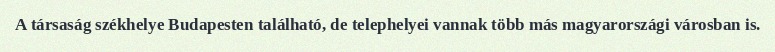
A társaság székhelye Budapesten található, de telephelyei vannak több más magyarországi városban is.